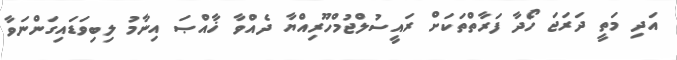
އަދި މަތީ ދަރަޖަ ހޯދާ ފަރާތްތަކަށް ރައީސުލްޖުމްހޫރިއްޔާ ދެއްވާ ޚާއްޞަ އިނާމު ލިބިވަޑައިގަންނަވާ